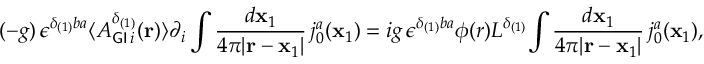
( - g ) \, { \epsilon } ^ { { \delta } _ { ( 1 ) } b a } \langle { A _ { { \sf G I } \, i } ^ { { \delta } _ { ( 1 ) } } ( { \bf { r } } ) \rangle \partial _ { i } \int \frac { d { \bf x } _ { 1 } } { 4 { \pi } | { \bf r } - { \bf x } _ { 1 } | } \, j _ { 0 } ^ { a } ( { { \bf x } _ { 1 } } } ) = i g \, { \epsilon } ^ { { \delta } _ { ( 1 ) } b a } { \phi } ( r ) L ^ { { \delta } _ { ( 1 ) } } { \int \frac { d { \bf x } _ { 1 } } { 4 { \pi } | { \bf r } - { \bf x } _ { 1 } | } \, j _ { 0 } ^ { a } ( { { \bf x } _ { 1 } } } ) ,